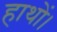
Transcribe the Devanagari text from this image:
हाथों।